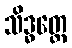
သိဒ္ဓတ္ထေ